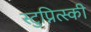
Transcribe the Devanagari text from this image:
स्टुप्नित्स्की